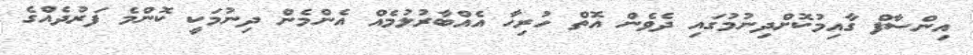
އިންސާފް ގާއިމުކޮށްދިނުމުގައި ދެވެން އޮތް ހުރިހާ އެއްބާރުލުމެއް އެންމެން ދިނުމަކީ ކޮންމެ ފަރުދެއްގެ